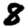
Digit: 8